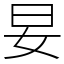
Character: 妟